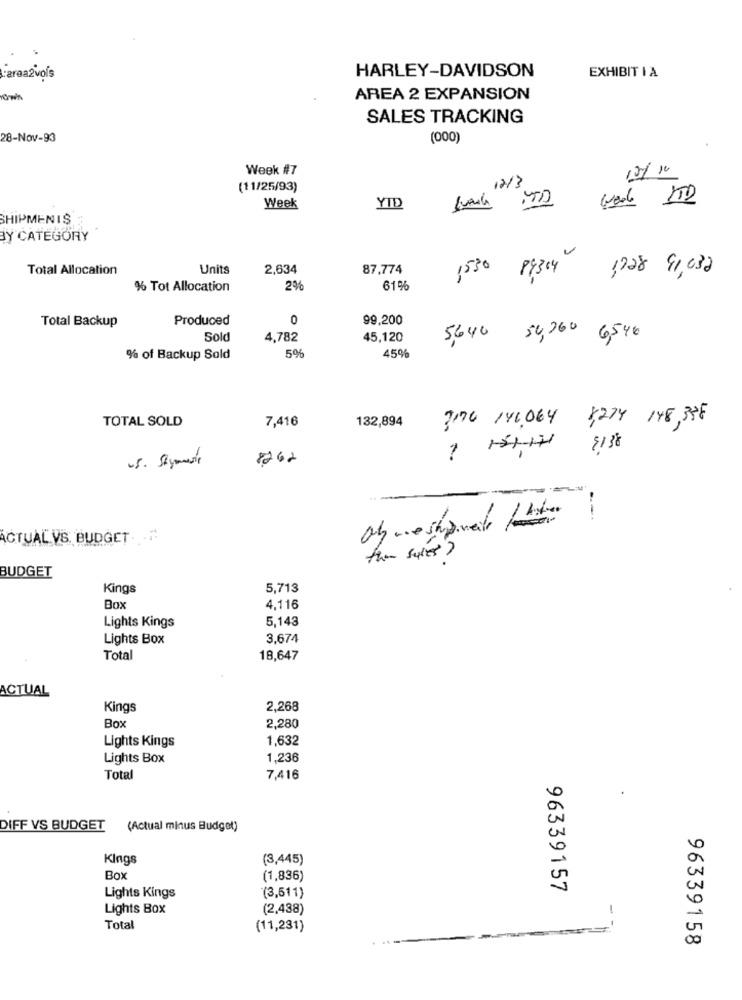
HARLEY-DAVIDSON
area2voÍs
EXHIBIT I A
YOwn
AREA 2 EXPANSION
SALES TRACKING
28-Nov-93
(000)
Week #7
10/10
12/3
(11/25/93)
Week
YID
SHIPMEN IS
BY CATEGORY
Total Allocation
Units
2,634
87,774
1530 89314
1728 91,032
% Tot Allocation
2%
61%
Produced
0
99,200
Total Backup
Sold
4,782
45,120
5,646 54,060 6546
% of Backup Sold
5%
45%
TOTAL SOLD
7,416
132,894
7170 146.064 3274 148, 338
1
151-14
{138
-5. Stymeste
8262
--
ACTUAL VS. BUDGET. . "
the sales?
BUDGET
Kings
5,713
Box
4,116
5,143
Lights Kings
Lights Box
3,674
Total
18,647
ACTUAL
Kings
2,268
Box
2,280
Lights Kings
1,632
Lights Box
1,236
Total
7,416
DIFF VS BUDGET
(Actual minus Budget)
Kings
(3,445)
Box
(1,836)
96339157
Lights Kings
(3,511)
0
Lights Box
(2,438)
Total
(11,231)
00
96339158